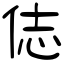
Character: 俧